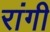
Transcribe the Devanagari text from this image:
रांगी